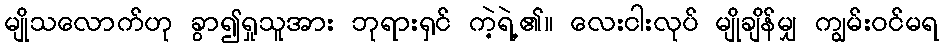
မျိုသလောက်ဟု ခွာ၍ရှုသူအား ဘုရားရှင် ကဲ့ရဲ့၏။ လေးငါးလုပ် မျိုချိန်မျှ ကျွမ်းဝင်မရ